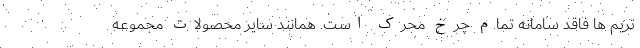
تریم ها فاقد سامانه تمام چرخ محرک است. همانند سایر محصولات مجموعه